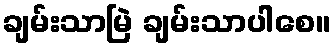
ချမ်းသာမြဲ ချမ်းသာပါစေ။